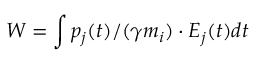
W = \int p _ { j } ( t ) / ( \gamma m _ { i } ) \cdot E _ { j } ( t ) d t